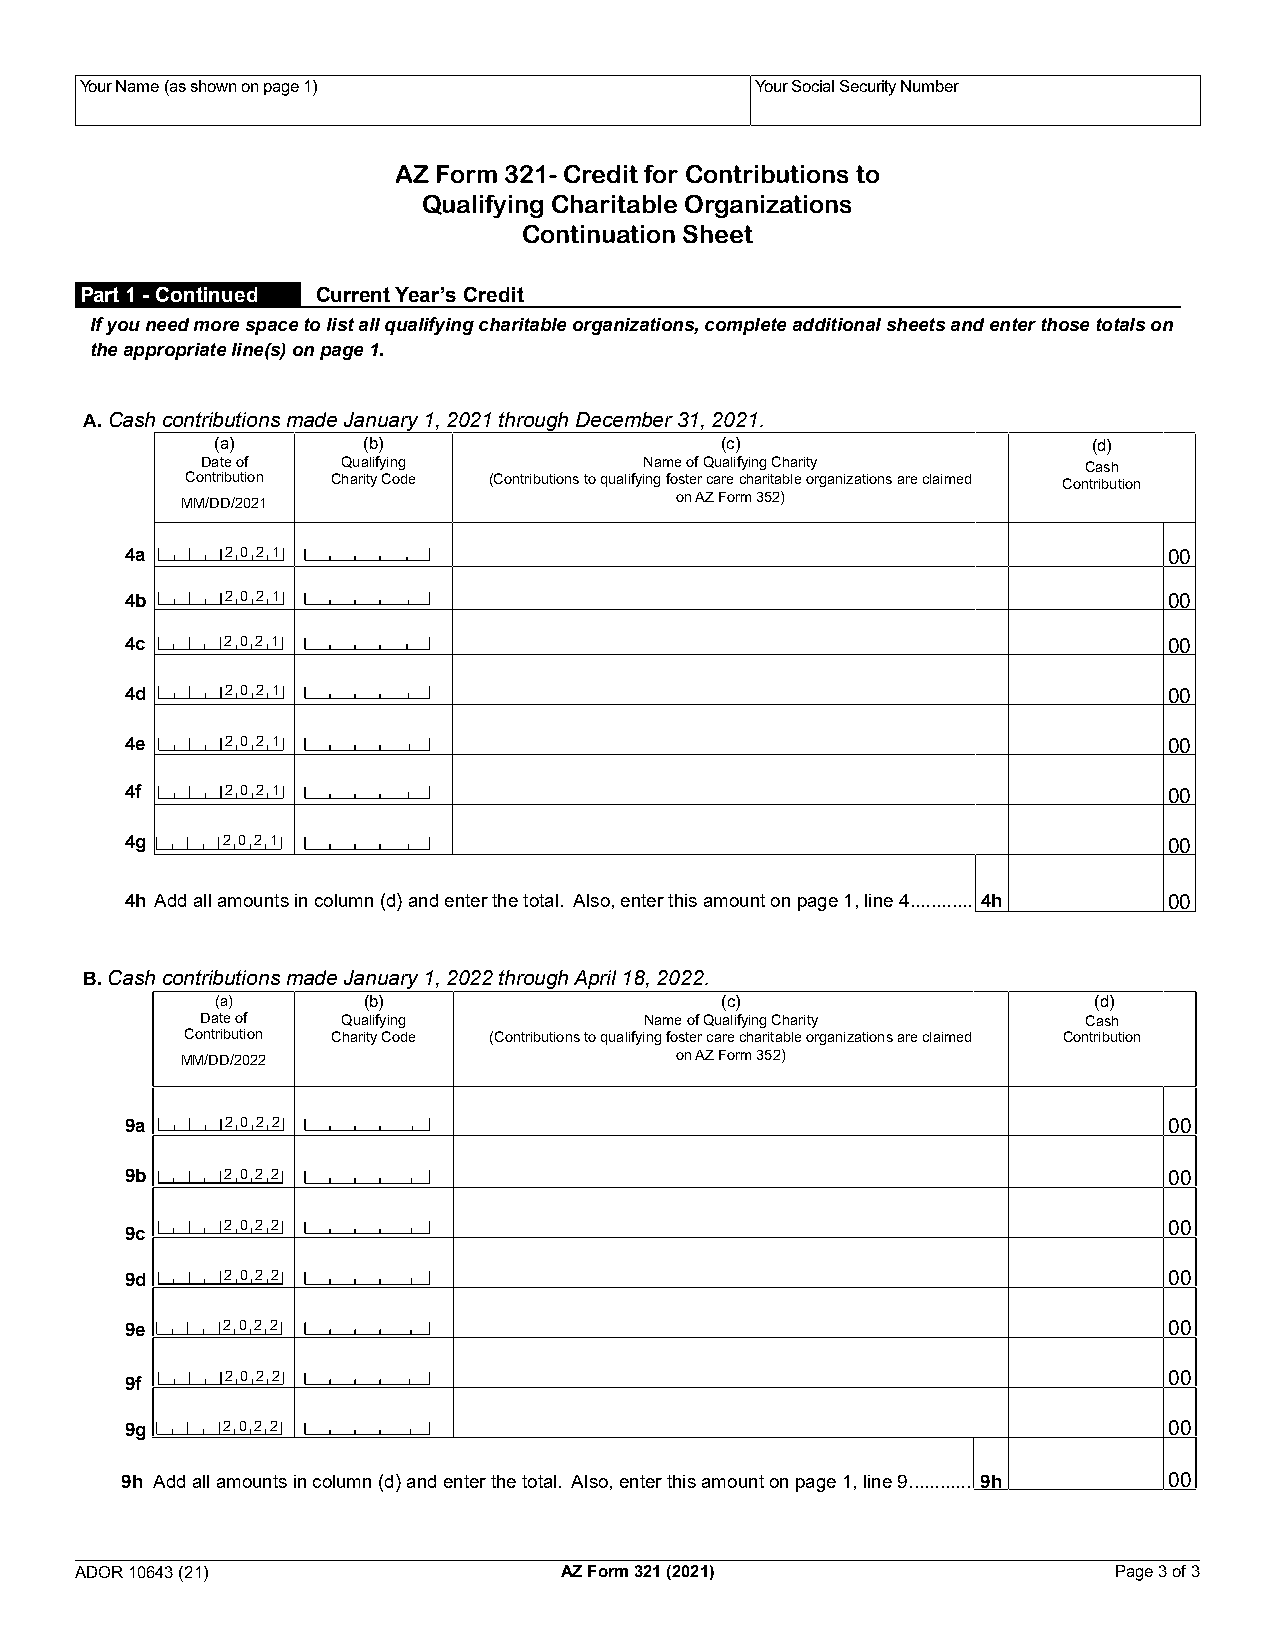
Your Name (as shown on page 1)               Your Social Security Number
 AZ Form 321- Credit for Contributions to
 Qualifying Charitable Organizations
 Continuation Sheet
 Part 1 - Continued Current Year’s Credit
 If you need more space to list all qualifying charitable organizations, complete additional sheets and enter those totals on
 the appropriate line(s) on page 1.
 A. Cash contributions made January 1, 2021 through December 31, 2021.
 (a)       (b)                     (c)                     (d)
 Date of   Qualifying          Name of Qualifying Charity   Cash
 Contribution Charity Code (Contributions to qualifying foster care charitable organizations are claimed Contribution
 MM/DD/2021                       on AZ Form 352)
 4a     2 0 2 1                                                       00
 4b     2 0 2 1                                                       00
 4c     2 0 2 1                                                       00
 4d     2 0 2 1                                                       00
 4e     2 0 2 1                                                       00
 4f     2 0 2 1                                                       00
 4g     2 0 2 1                                                       00
 4h Add all amounts in column (d) and enter the total. Also, enter this amount on page 1, line 4 ............ 4h 00
 B. Cash contributions made January 1, 2022 through April 18, 2022.
 (a)       (b)                     (c)                     (d)
 Date of   Qualifying          Name of Qualifying Charity   Cash
 Contribution Charity Code (Contributions to qualifying foster care charitable organizations are claimed Contribution
 MM/DD/2022                       on AZ Form 352)
 9a     2 0 2 2                                                       00
 9b     2 0 2 2                                                       00
 2 0 2 2                                                       00
 9c
 9d     2 0 2 2                                                       00
 9e     2 0 2 2                                                       00
 2 0 2 2                                                       00
 9f
 9g     2 0 2 2                                                       00
 9h Add all amounts in column (d) and enter the total. Also, enter this amount on page 1, line 9 ............ 9h 00
 A DOR 10643 (21)                AZ Form 321 (2021)                   Page 3 of 3